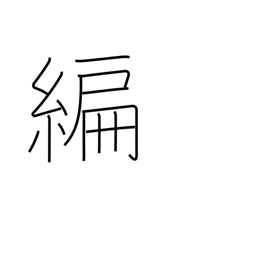
Meaning: part of a book